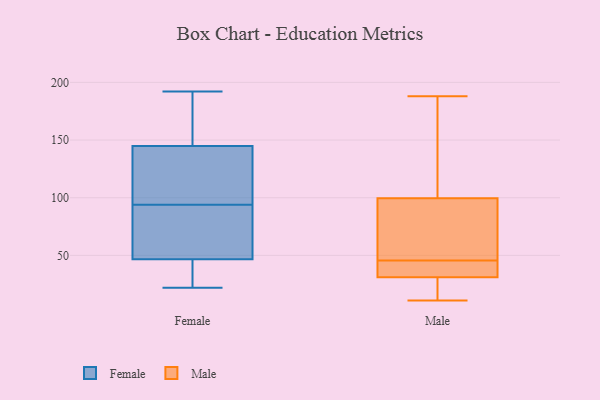
{"axis": {"x": "Backlog", "y": "Value"}, "legend": ["Female", "Male"], "data": [{"x": "", "y": 192, "type": "Female"}, {"x": "", "y": 49, "type": "Female"}, {"x": "", "y": 22, "type": "Female"}, {"x": "", "y": 97, "type": "Female"}, {"x": "", "y": 59, "type": "Female"}, {"x": "", "y": 24, "type": "Female"}, {"x": "", "y": 135, "type": "Female"}, {"x": "", "y": 144, "type": "Female"}, {"x": "", "y": 30, "type": "Female"}, {"x": "", "y": 67, "type": "Female"}, {"x": "", "y": 94, "type": "Female"}, {"x": "", "y": 92, "type": "Female"}, {"x": "", "y": 40, "type": "Female"}, {"x": "", "y": 178, "type": "Female"}, {"x": "", "y": 170, "type": "Female"}, {"x": "", "y": 147, "type": "Female"}, {"x": "", "y": 122, "type": "Female"}, {"x": "", "y": 32, "type": "Male"}, {"x": "", "y": 43, "type": "Male"}, {"x": "", "y": 15, "type": "Male"}, {"x": "", "y": 141, "type": "Male"}, {"x": "", "y": 11, "type": "Male"}, {"x": "", "y": 99, "type": "Male"}, {"x": "", "y": 98, "type": "Male"}, {"x": "", "y": 48, "type": "Male"}, {"x": "", "y": 25, "type": "Male"}, {"x": "", "y": 100, "type": "Male"}, {"x": "", "y": 39, "type": "Male"}, {"x": "", "y": 30, "type": "Male"}, {"x": "", "y": 33, "type": "Male"}, {"x": "", "y": 74, "type": "Male"}, {"x": "", "y": 188, "type": "Male"}, {"x": "", "y": 117, "type": "Male"}]}